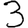
Digit: 3